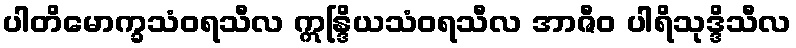
ပါတိမောက္ခသံဝရသီလ ဣန္ဒြိယသံဝရသီလ အာဇီဝ ပါရိသုဒ္ဒိသီလ